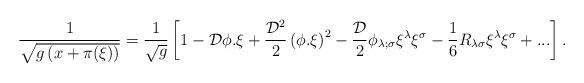
LaTeX: \begin{align*}{1\over {\sqrt {g\left( x+ \pi (\xi ) \right)}}}= {1\over {\sqrt g}}\left[ 1 - {\cal D} \phi.\xi +{{{\cal D}^2}\over 2} \left( \phi .\xi\right)^2 - {{\cal D}\over 2} \phi_{\lambda;\sigma} \xi^\lambda \xi^\sigma -{1\over 6} R_{\lambda \sigma}\xi^\lambda \xi^\sigma +...\right].\end{align*}